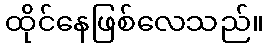
ထိုင်နေဖြစ်လေသည်။